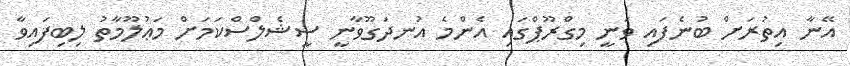
އޭނާ އިތުރަށް ބުނެފައި ވަނީ މިގްރޫޕްގައި އެންމެ އުނދަގޫވާނީ ސީޝެލްސްކަމަށް މަޢުލޫމާތު ލިބިފައިވާ